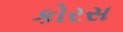
કોરસ